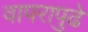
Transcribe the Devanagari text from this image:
वापरापुढे